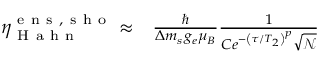
\begin{array} { r l } { \eta _ { \mathrm { ~ H ~ a ~ h ~ n ~ } } ^ { \mathrm { ~ e ~ n ~ s ~ , ~ s ~ h ~ o ~ } } \approx } & { { } \frac { \hbar } { \Delta m _ { s } g _ { e } \mu _ { B } } \frac { 1 } { C e ^ { - \left( \tau / T _ { 2 } \right) ^ { p } } \sqrt { \mathscr { N } } } } \end{array}